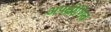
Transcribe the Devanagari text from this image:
अपक्षीणित